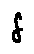
f